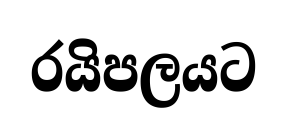
රයිපලයට